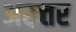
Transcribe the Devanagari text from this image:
अख्‍तर